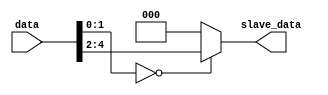
module slave #(
    parameter [1:0] Number = 2'd0
) (
    input [4:0] data,
    output [2:0] slave_data
);

    assign slave_data = (data[1:0] == Number) ? data[4:2] : 3'h0;

endmodule